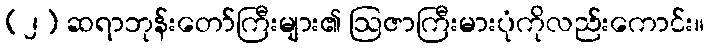
(၂) ဆရာဘုန်းတော်ကြီးများ၏ ဩဇာကြီးမားပုံကိုလည်းကောင်း။